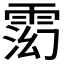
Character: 𬯽